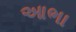
આભા